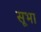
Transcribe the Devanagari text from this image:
सूभा